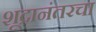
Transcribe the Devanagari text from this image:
शूद्रानंतरचा